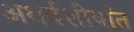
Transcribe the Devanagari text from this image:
अथर्वशीर्षात